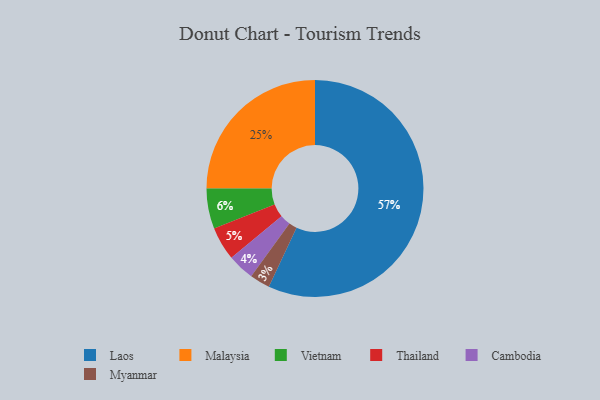
{"axis": {"x": "Category", "y": "Percentage"}, "legend": ["Cambodia", "Laos", "Malaysia", "Myanmar", "Thailand", "Vietnam"], "data": [{"x": "Myanmar", "y": 3, "type": "Myanmar"}, {"x": "Thailand", "y": 5, "type": "Thailand"}, {"x": "Cambodia", "y": 4, "type": "Cambodia"}, {"x": "Vietnam", "y": 6, "type": "Vietnam"}, {"x": "Laos", "y": 57, "type": "Laos"}, {"x": "Malaysia", "y": 25, "type": "Malaysia"}]}